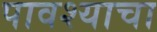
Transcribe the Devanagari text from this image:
पावश्याचा